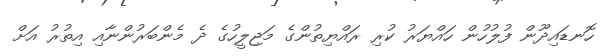
ހޮނޑައިދޫން ފުލުހުން ހައްޔަރު ކުރި ރައްޔިތުންގެ މަޖިލީހުގެ ދެ މެންބަރުންނާއި އިތުރު އަށް